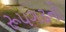
રૂ૫ગઢનો